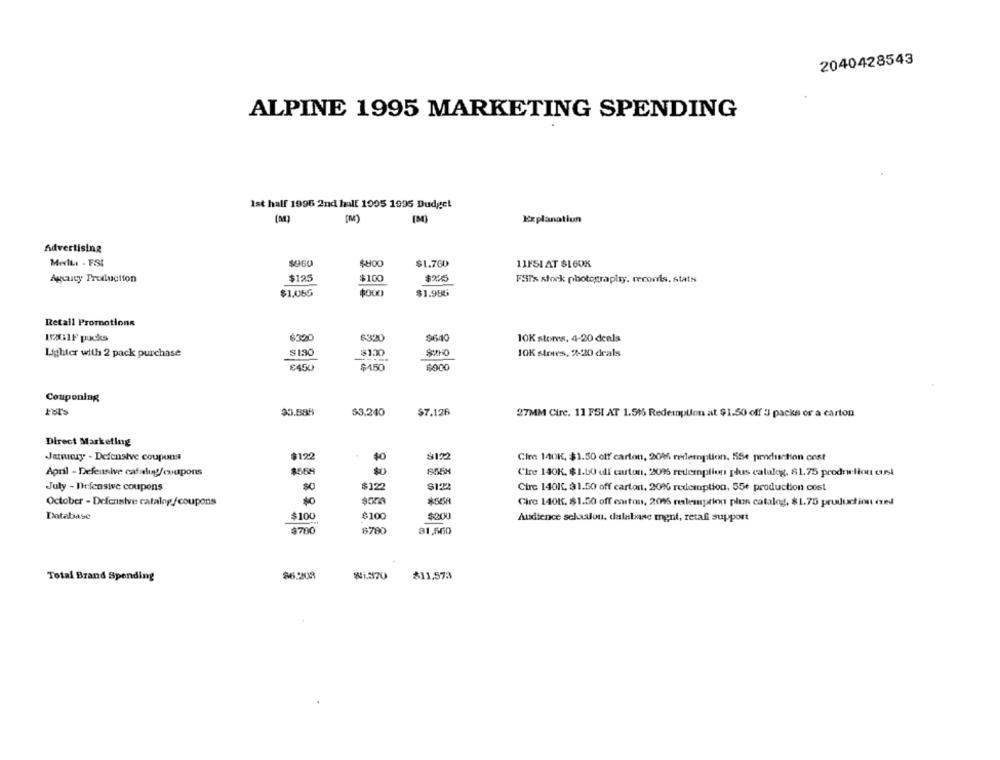
2040428543
ALPINE 1995 MARKETING SPENDING
Ist half 1996 2nd half 1995 1995 Budget
[M]
(M)
(M)
Explanation
Advertising
MelLi - ESI
$-800
$1.760
11FSI AT $LOOK
Agluty Production
$125
$100
$225
FST's stock photography. records. stats
$1.085
$000
$1.985
Retail Promotions
1201F pucks
6320
6320
$640
10K stores. 4-20 deals
Lighter with 2 pack purchase
$130
$130
SXHO
JOK stores, %-20 deals
8450
$150
$000
Couponing
$3.888
$3.240
$7.126
27MM Circ. 11 FSI AT 1.515 Redemption at $1.50 off 5 packs or a carton
Direct Marketing
Janucuy - Defensive coupons
$122
$0
$122
Cire 140K, $1.50 off carton, 2016 redemption. 55e production onst
April - Defensive catalog/coupons
$558
855H
Cire 140K. $1.00 ulf cartun, 2095 redemption plus catalog, 81.75 prodriefint cust
July - Defensive coupons
$122
Circ 140K. $1.50 off carton, 20% rederuption, 55€ production cost
October - Defensive catalog /coupons
Cire 140K. $1.00 off carton, 20% redemption plun catalog, $1.75 pruduction ced
Database
$100
$100
$000
Audience selection, dalabase ment, retafi support
$700
6780
31,560
Total Brand Spending
$6.209
81.370
$11.573